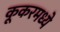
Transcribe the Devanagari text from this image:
कूकरमध्ये